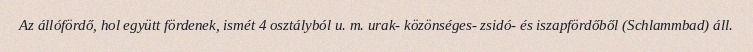
Az állófördő, hol együtt fördenek, ismét 4 osztályból u. m. urak- közönséges- zsidó- és iszapfördőből (Schlammbad) áll.